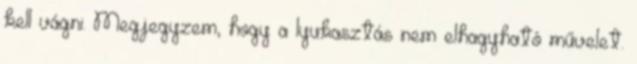
kell vágni. Megjegyzem, hogy a lyukasztás nem elhagyható művelet.